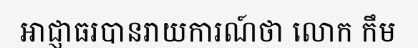
អាជ្ញាធរបានរាយការណ៍ថា លោក កឹម